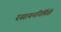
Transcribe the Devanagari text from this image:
रसायननिर्मिती